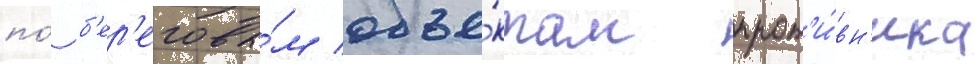
по́ б'ер'еговы́м объе́ктам прот'и́вн'ика